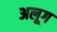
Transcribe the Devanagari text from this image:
अलूग